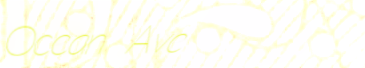
Ocean Ave